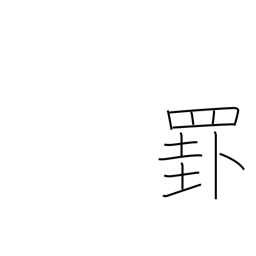
Meaning: ruled line